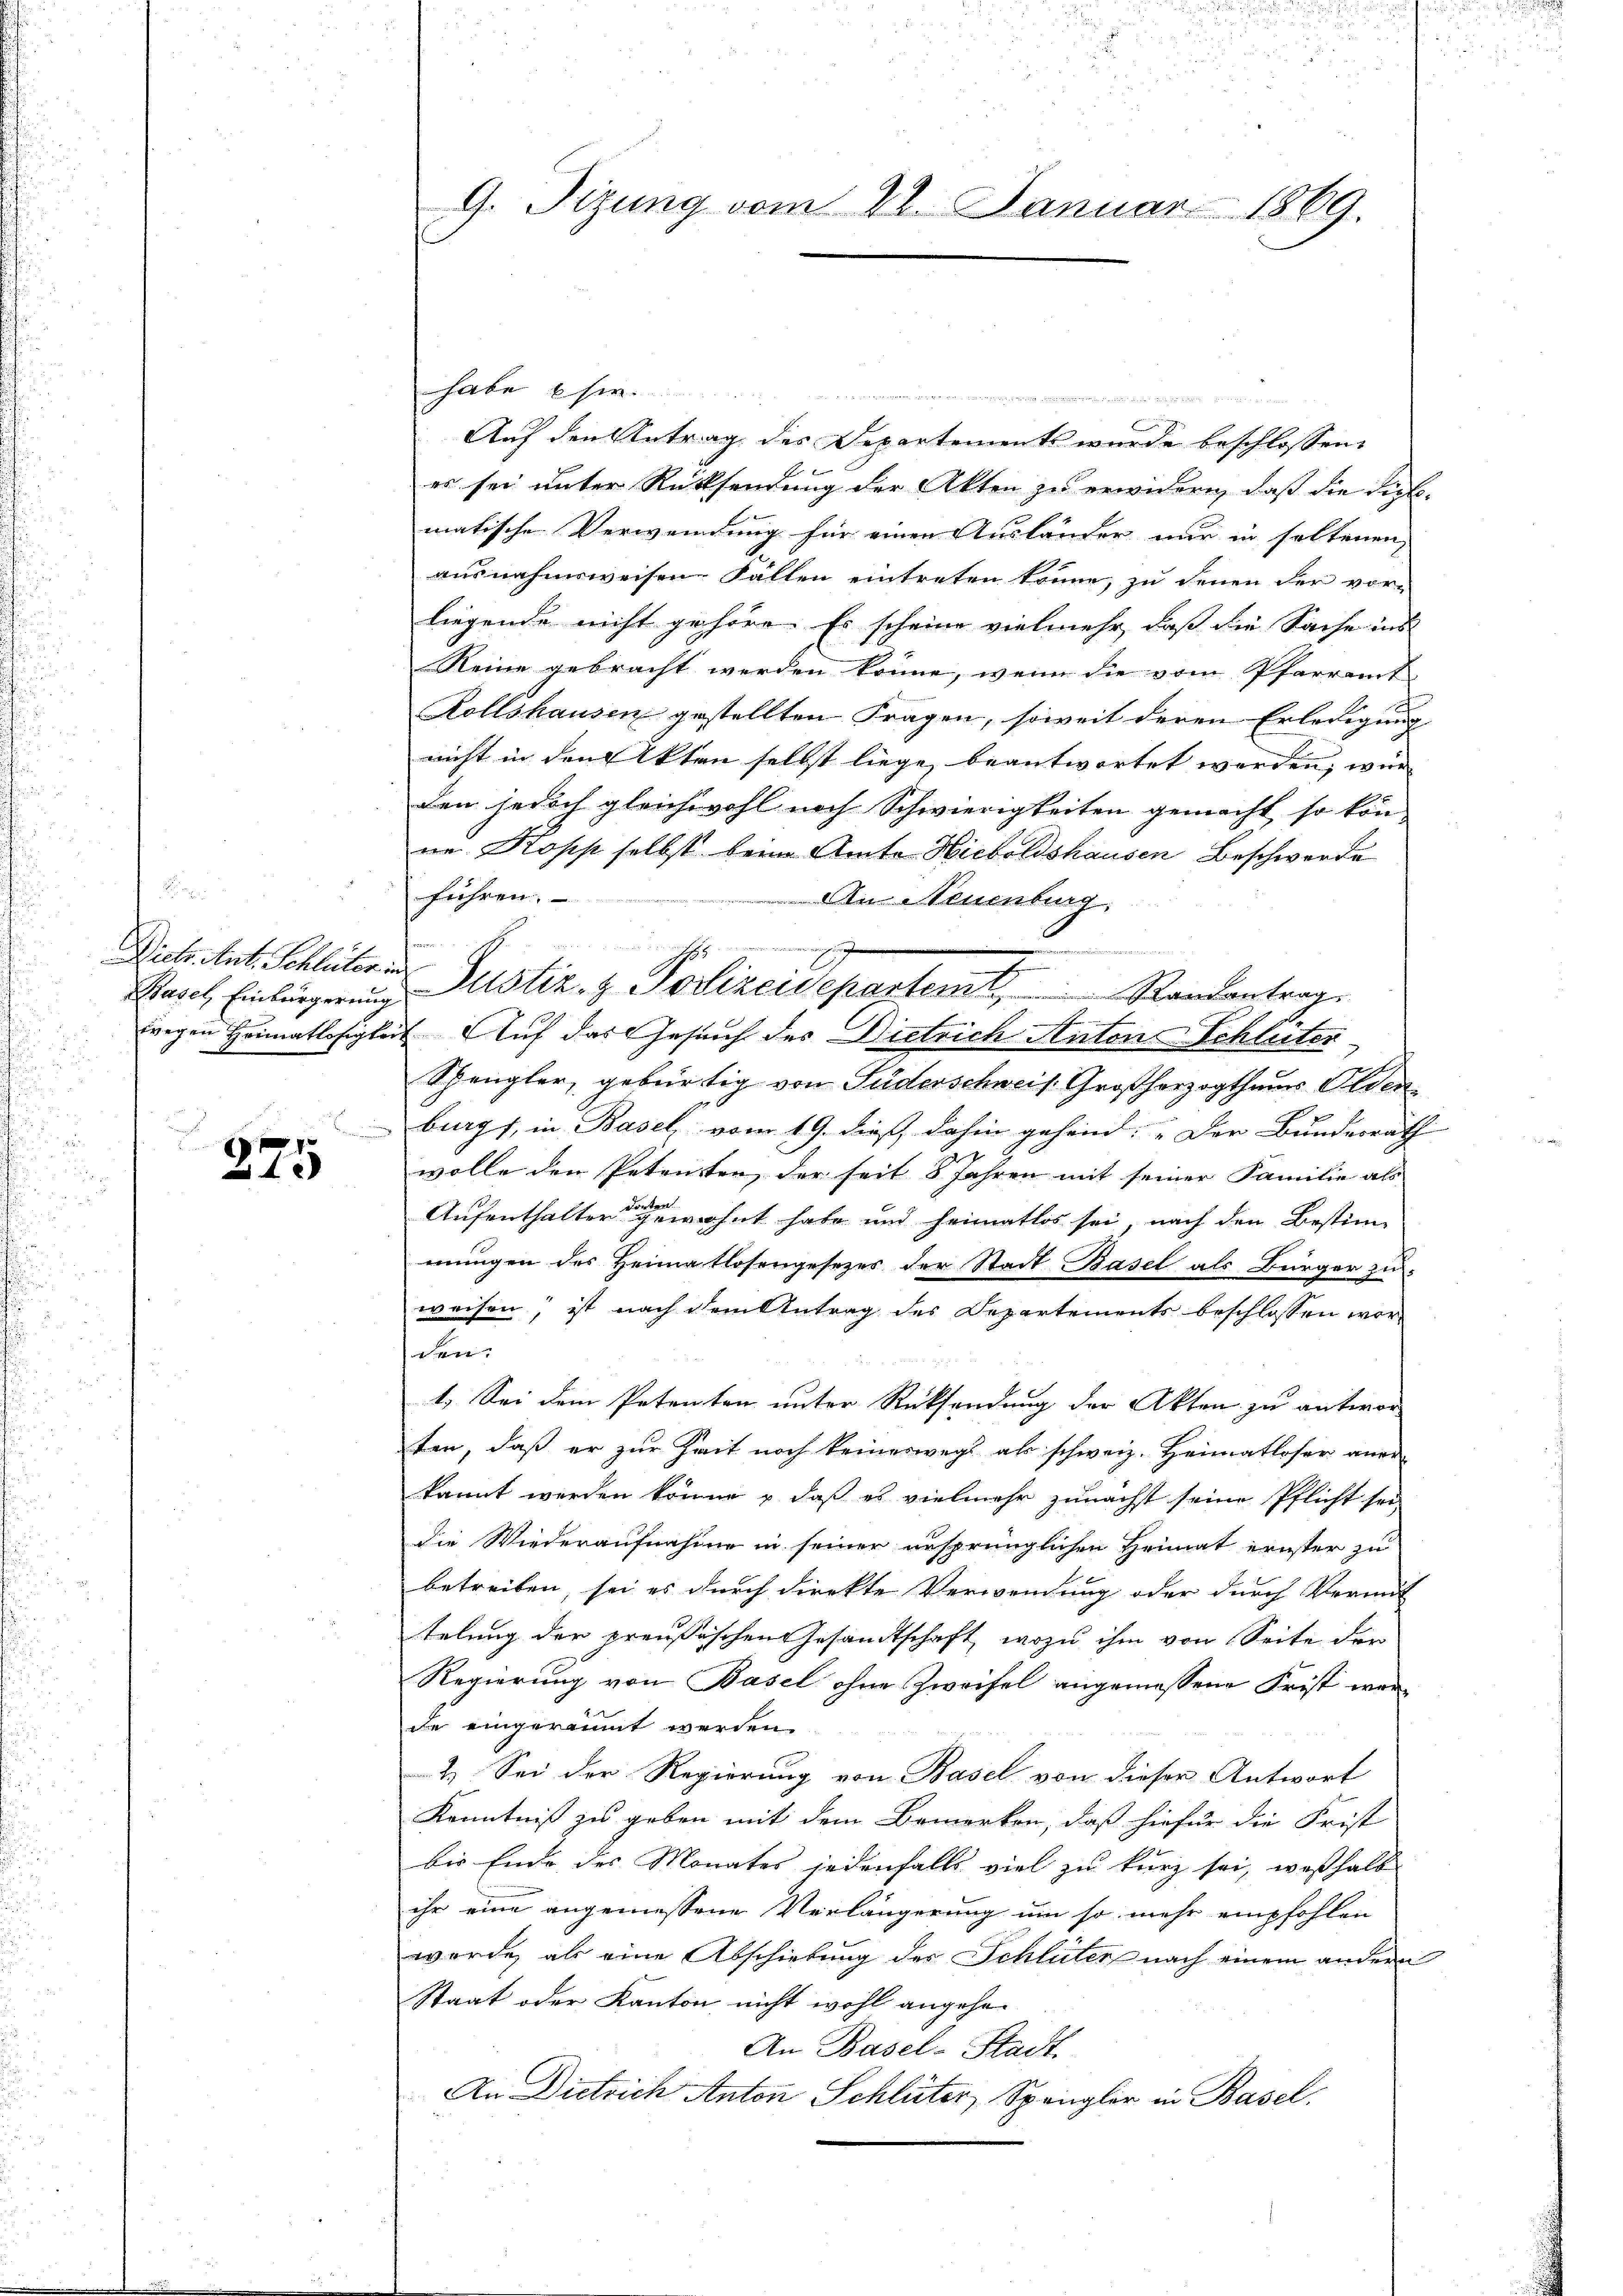
Basel, Einbürgerung

18 x
x

G. Tizung vom 22. Januar 1869.

habe se
 ................
Auf den Antrag des Departements wurde beschlossen:
er sei unter Rücksendung der Akten zu erwidern, daß die Sichs-
matische Verwendung für einen Ausländer nur in soltenen
ausnahmsweisen Fällen eintreten könne, zu denen der vor-
liegende nicht gehöre. Es scheine vielmehr, daß die Sache ins
Reine gebracht werden könne, wenn die vom Pfarramt
Rollshausen gestellten Fragen, soweit deren Erledigung
nicht in den Akten selbst liege beantwortet worden, wur
den jedoch gleichwohl noch Schwierigkeiten gemacht so kön-
ne. Kopp selbst beim Amte Hieboldshausen Beschwerde
führen.
An Neuenburg.

wegen Heimatlosigkeit. Auf das Gesuch des Dietrich Antons Schleiter
Spengler, gebürtig von Puderschweis. Großherzogthaus Elden
burgs, in Basel, vom 19. dieß dahin gehend: „Der Bundesräth
wolle den Petenten der seit 8 Jahren mit seiner Familie als
Aufenthalter gewohnt habe und heimatlos sei, nach den Bestimmungen des Heimatlosengesezes der Stadt Basel als Bürger zu-
weisen, ist nach dem Antrag des Departements beschlossen wor-
Ser
1. Sei dem Petenten unter Rücksendung der Akten zu antworten, daß er zur Zeit noch keineswegs als schweiz. Heimatloser aner-
kannt werden könne & daß es vielmehr zunächst seine Pflicht sei
die Wiederaufnahme in seiner ursprünglichen Heimat ernster zu
betreiben, sei es durch direkte Verwendung oder durch Vermit
telung der preußischen Gesandtschaft, wozu ihm von Seite der
Regierung von Basel ohne Zweifel angemessene Frist werde eingeräumt werden.
2.) Sei der Regierung von Basel von dieser Antwort
Kenntniß zu geben mit dem Bemerken, daß hiefür die Frist
bis Ende des Monates jedenfalls viel zu kurz sei, weßhalb
ihr eine angemessene Verlängerung um so mehr empfohlen
wurde, als eine Abschiebung des Schleiter nach einem andern
Staat oder Kanton nicht wohl angehen
An Basel-Stadt.
An Dietrich Anton Schlüter, Spengler in Basel.

ding
.
Dietr. Ant. Schlüter Justiz- & Polizeidepartemt,                     Randantrag